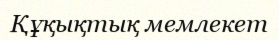
Құқықтық мемлекет